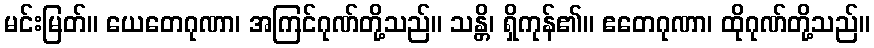
မင်းမြတ်။ ယေတေဂုဏာ၊ အကြင်ဂုဏ်တို့သည်။ သန္တိ၊ ရှိကုန်၏။ ဧတေဂုဏာ၊ ထိုဂုဏ်တို့သည်။